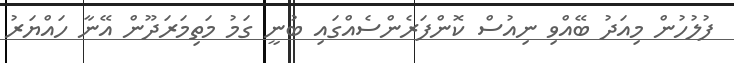
ފުލުހުން މިއަދު ބޭއްވި ނިއުސް ކޮންފަރެންސެއްގައި ބުނީ ގަމު މަތިމަރަދޫން އޭނާ ހައްޔަރު